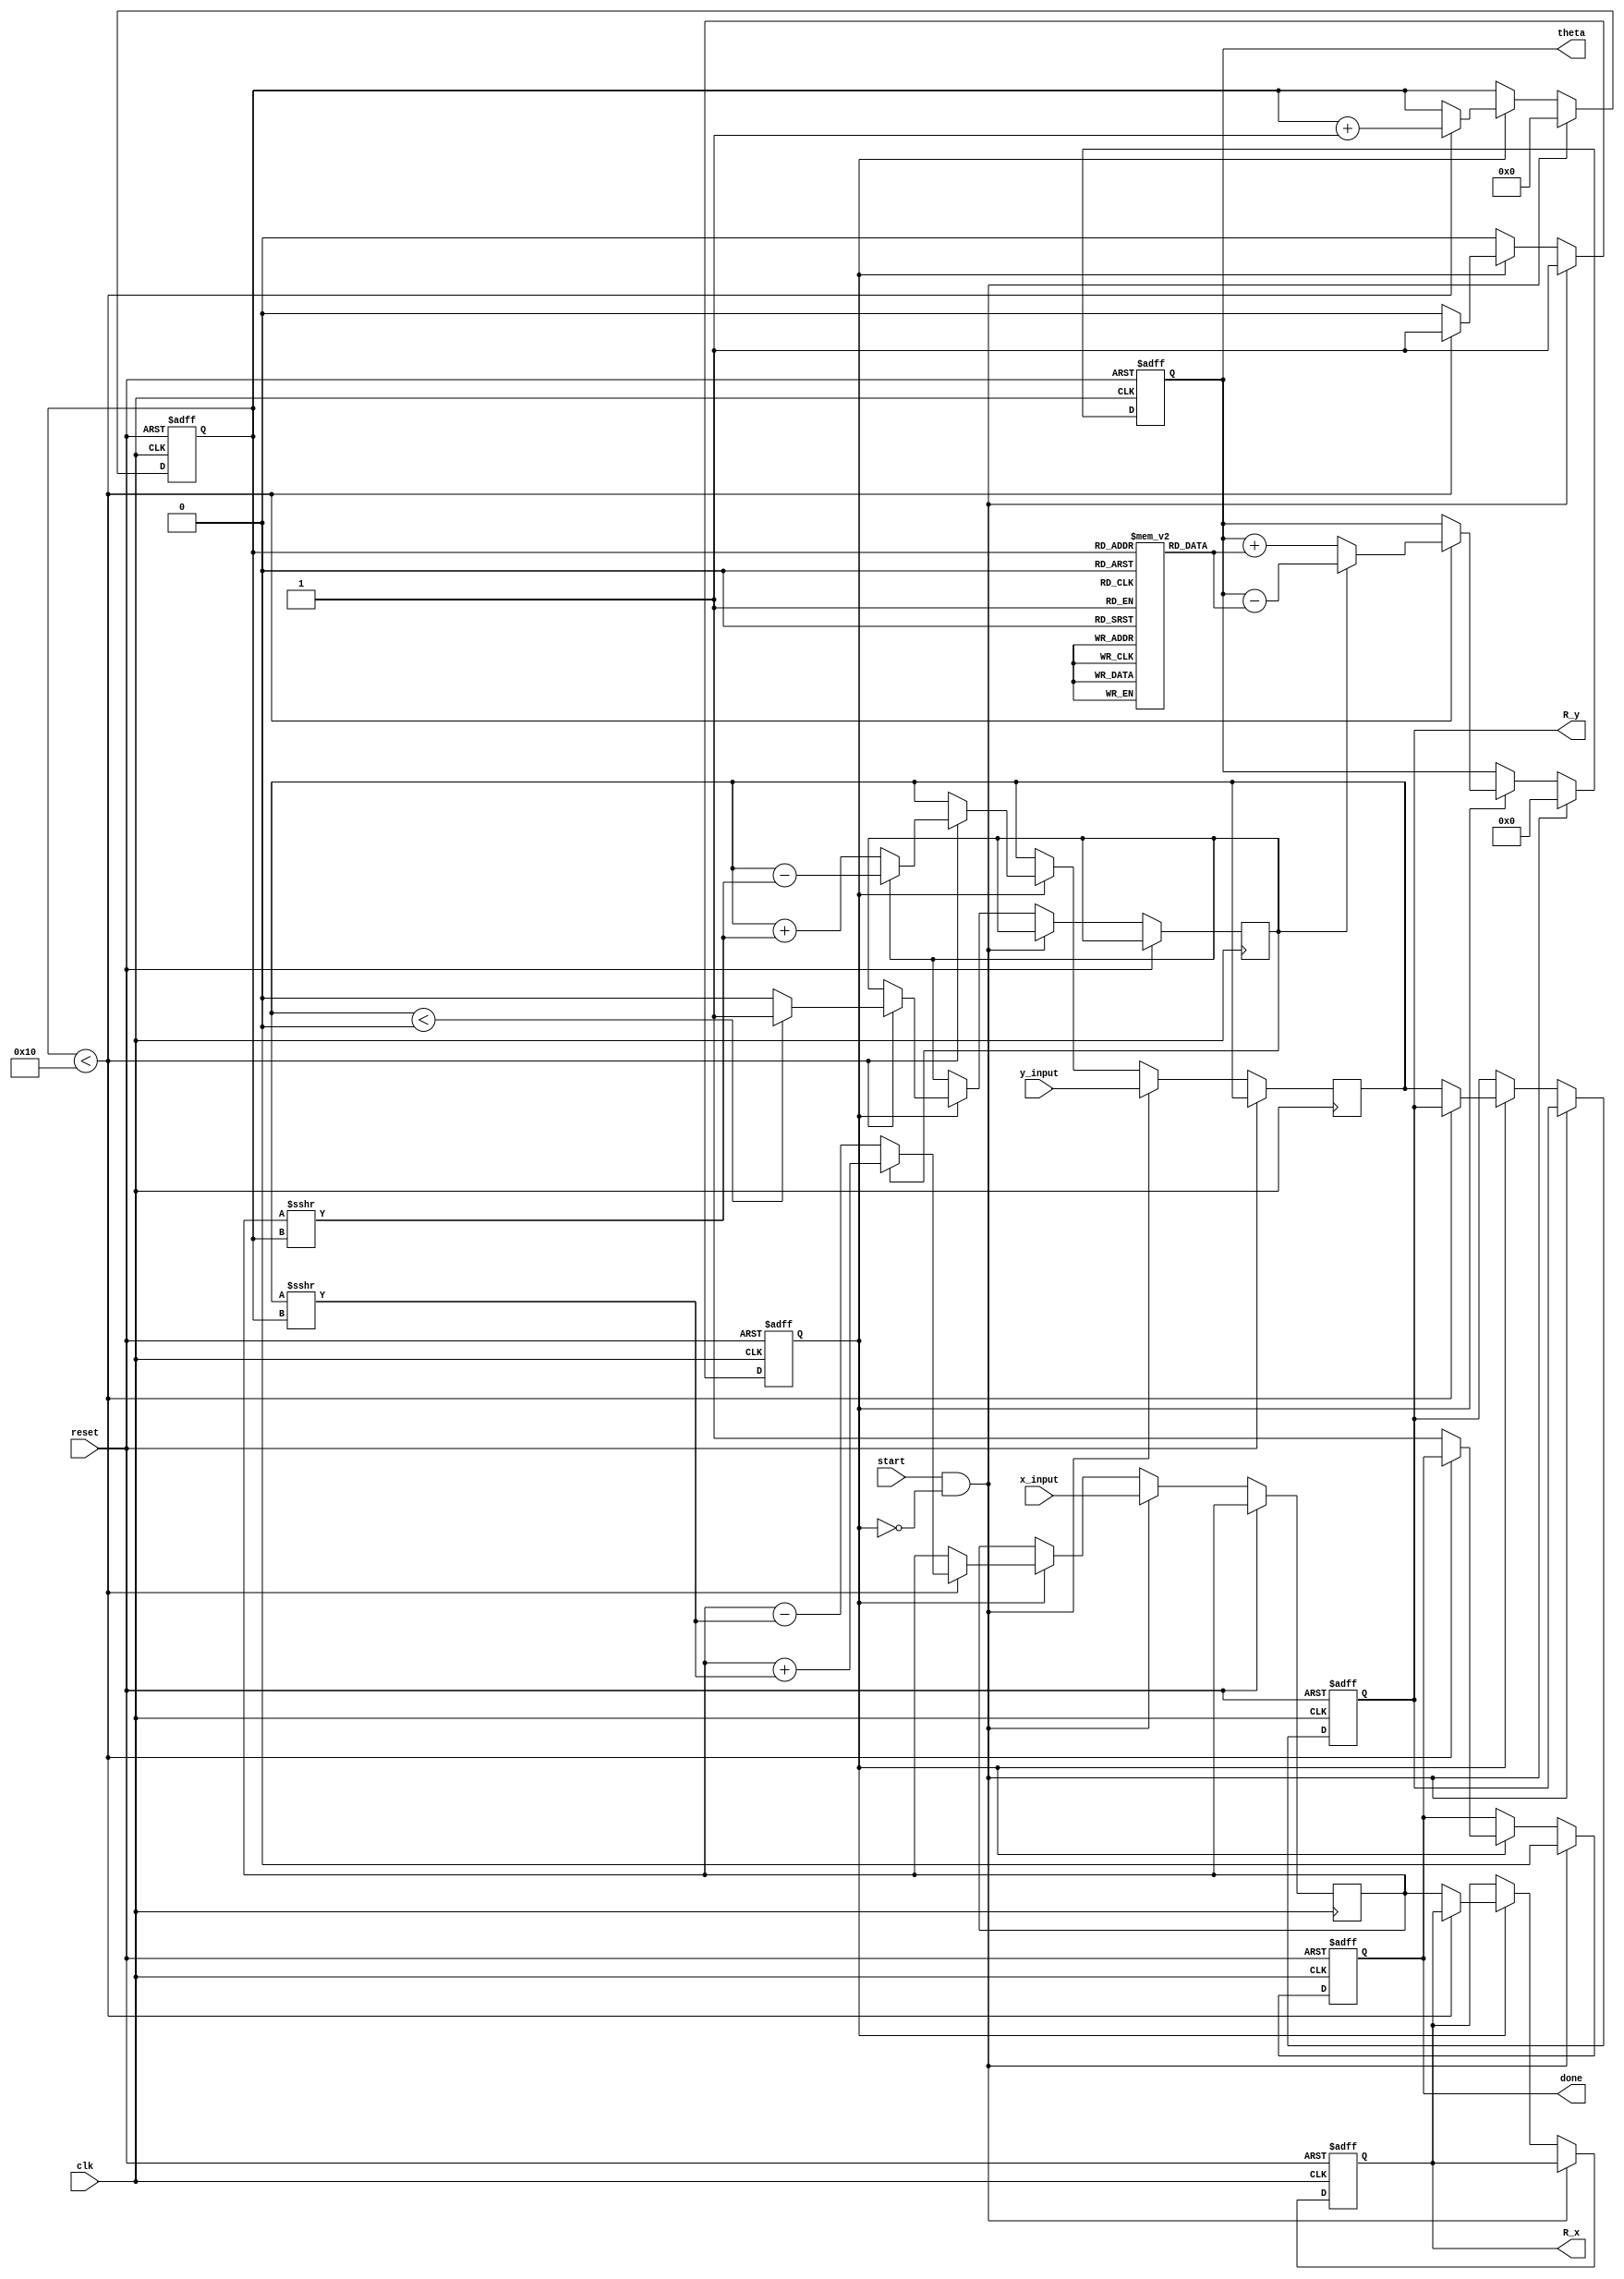
module Vectoring_CORDIC (
    input wire clk,
    input wire reset,
    input wire start,
    input wire signed [15:0] x_input, // 16-bit signed input for x
    input wire signed [15:0] y_input, // 16-bit signed input for y
    output reg signed [15:0] R_x, // Resultant x coordinate
    output reg signed [15:0] R_y, // Resultant y coordinate
    output reg signed [15:0] theta, // Computed angle
    output reg done // Completion flag
);

    // Parameter for number of iterations
    parameter NUM_ITERATIONS = 16;
    
    // Internal signals
    reg signed [15:0] x; // X coordinate
    reg signed [15:0] y; // Y coordinate
    reg [3:0] iteration; // Iteration counter
    reg [15:0] angle_table [0:NUM_ITERATIONS-1]; // Angle lookup table
    reg [15:0] angle; // Angle for current iteration
    reg rotation_direction; // Rotation direction flag (0 for clockwise, 1 for counter-clockwise)
    reg processing; // Processing flag

    // Initialize angle lookup table
    initial begin
        angle_table[0] = 16'h0000; // atan(1) = 0
        angle_table[1] = 16'h3E3D; // atan(2^-1) = 45 degrees
        angle_table[2] = 16'h3C90; // atan(2^-2) = 26.565 degrees
        angle_table[3] = 16'h3B6E; // atan(2^-3)
        angle_table[4] = 16'h3A9F; // atan(2^-4)
        angle_table[5] = 16'h3A1A; // atan(2^-5)
        angle_table[6] = 16'h39A2; // atan(2^-6)
        angle_table[7] = 16'h3932; // atan(2^-7)
        angle_table[8] = 16'h38C1; // atan(2^-8)
        angle_table[9] = 16'h3864; // atan(2^-9)
        angle_table[10] = 16'h3819; // atan(2^-10)
        angle_table[11] = 16'h37D7; // atan(2^-11)
        angle_table[12] = 16'h37A2; // atan(2^-12)
        angle_table[13] = 16'h3779; // atan(2^-13)
        angle_table[14] = 16'h375A; // atan(2^-14)
        angle_table[15] = 16'h3744; // atan(2^-15)
    end

    // Sequential logic for processing
    always @(posedge clk or posedge reset) begin
        if (reset) begin
            // Reset all outputs and internal states
            R_x <= 16'h0;
            R_y <= 16'h0;
            theta <= 16'h0;
            iteration <= 0;
            processing <= 0;
            done <= 0;
        end else if (start && !processing) begin
            // Start processing
            x <= x_input;
            y <= y_input;
            theta <= 0;
            iteration <= 0;
            processing <= 1;
            done <= 0;
        end else if (processing) begin
            if (iteration < NUM_ITERATIONS) begin
                // Determine rotation direction
                if (y < 0) begin
                    rotation_direction <= 1; // Counter-clockwise
                end else begin
                    rotation_direction <= 0; // Clockwise
                end
                
                // CORDIC rotation
                if (rotation_direction) begin
                    x <= x + (y >>> iteration);
                    y <= y - (x >>> iteration);
                    theta <= theta - angle_table[iteration];
                end else begin
                    x <= x - (y >>> iteration);
                    y <= y + (x >>> iteration);
                    theta <= theta + angle_table[iteration];
                end
                
                // Increment iteration count
                iteration <= iteration + 1;
                
            end else begin
                // Finished all iterations
                R_x <= x;
                R_y <= y;
                done <= 1;
                processing <= 0; // Stop processing
            end
        end
    end

endmodule